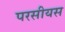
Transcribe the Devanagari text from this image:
परसीयस